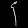
Digit: ၄